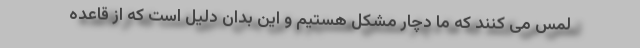
لمس می کنند که ما دچار مشکل هستیم و این بدان دلیل است که از قاعده